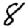
Digit: 8